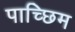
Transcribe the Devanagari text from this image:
पाच्छिम